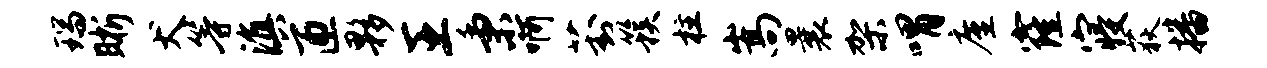
瑞晰犬等滇匝夥王秉啊葑簇柱嵩曩架喟廑窿寝荻播